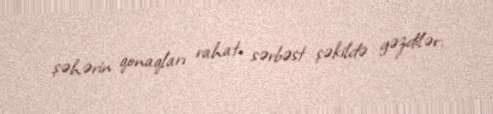
şəhərin qonaqları rahat, sərbəst şəkildə gəzdilər.